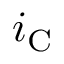
i _ { \mathrm { C } }